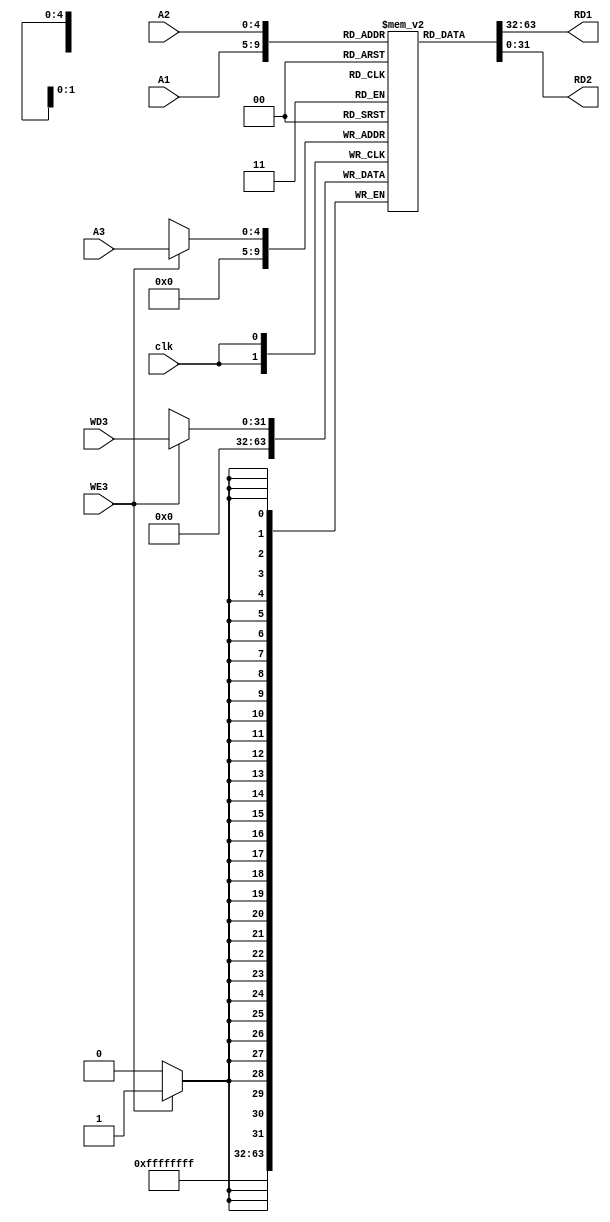
`timescale 1ns / 1ps
//////////////////////////////////////////////////////////////////////////////////
// Company: sharif University
// 
// Design Name: 	 pipe_line_project.
// Module Name:    RegisterFile
// Project Name:   phase3
// Target Devices: 
// Tool versions: 
// Description: 
//
// Dependencies: 
//
// Revision: 
// Revision 0.01 - File Created
// Additional Comments: 
//
//////////////////////////////////////////////////////////////////////////////////
module RegisterFile(
input clk,
input WE3,
input [4:0] A1,
input [4:0] A2,
input [4:0] A3,
input [31:0] WD3,
output[31:0] RD1,
output[31:0] RD2
);

reg[31:0] rf_data[0:31];
assign #0.15 RD1 = rf_data[A1];
assign #0.15 RD2 = rf_data[A2];

always@(negedge clk) begin
	if(WE3)
	rf_data[A3] <= WD3;
	rf_data[0] <= 32'h0000_0000;
	end
	
endmodule